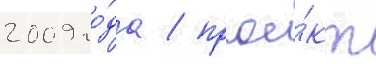
2009 го́да / прое́кт